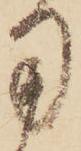
用